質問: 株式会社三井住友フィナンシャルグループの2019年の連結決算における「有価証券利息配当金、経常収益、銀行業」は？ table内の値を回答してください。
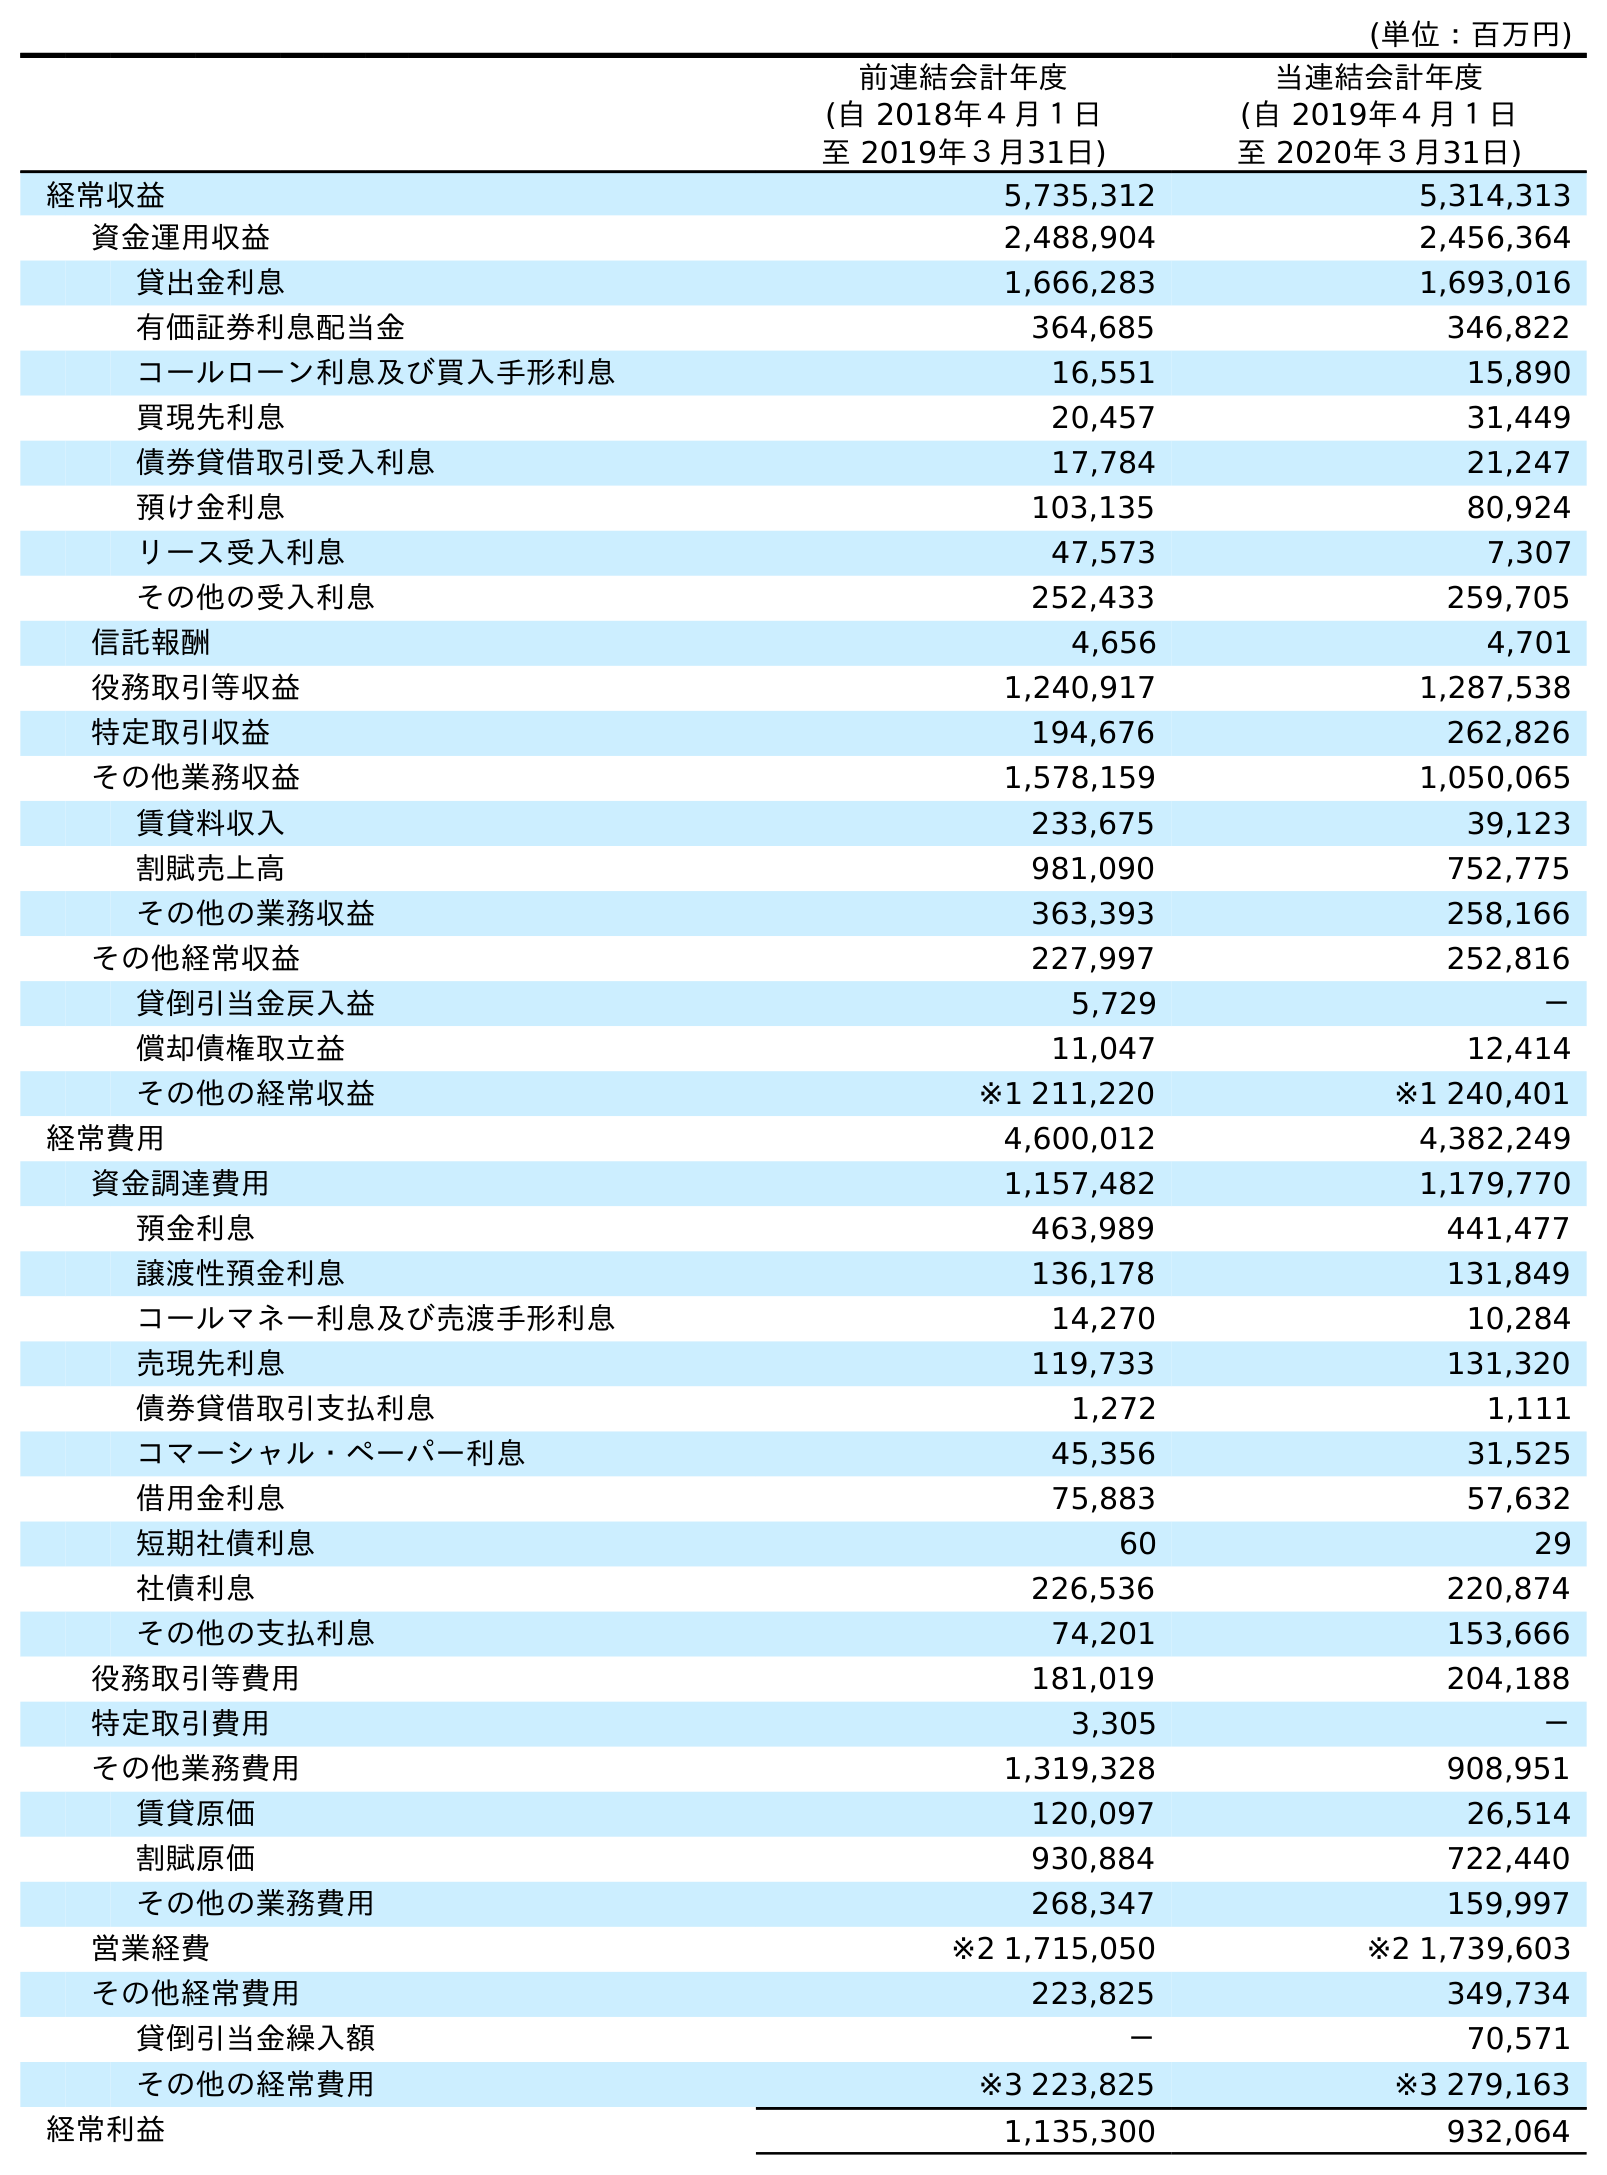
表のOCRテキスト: (単位：百万円) 前連結会計年度 (自 2018年４月１日 至 2019年３月31日) 当連結会計年度 (自 2019年４月１日 至 2020年３月31日) 経常収益 5,735,312 5,314,313 資金運用収益 2,488,904 2,456,364 貸出金利息 1,666,283 1,693,016 有価証券利息配当金 364,685 346,822 コールローン利息及び買入手形利息 16,551 15,890 買現先利息 20,457 31,449 債券貸借取引受入利息 17,784 21,247 預け金利息 103,135 80,924 リース受入利息 47,573 7,307 その他の受入利息 252,433 259,705 信託報酬 4,656 4,701 役務取引等収益 1,240,917 1,287,538 特定取引収益 194,676 262,826 その他業務収益 1,578,159 1,050,065 賃貸料収入 233,675 39,123 割賦売上高 981,090 752,775 その他の業務収益 363,393 258,166 その他経常収益 227,997 252,816 貸倒引当金戻入益 5,729 － 償却債権取立益 11,047 12,414 その他の経常収益 ※1 211,220 ※1 240,401 経常費用 4,600,012 4,382,249 資金調達費用 1,157,482 1,179,770 預金利息 463,989 441,477 譲渡性預金利息 136,178 131,849 コールマネー利息及び売渡手形利息 14,270 10,284 売現先利息 119,733 131,320 債券貸借取引支払利息 1,272 1,111 コマーシャル・ペーパー利息 45,356 31,525 借用金利息 75,883 57,632 短期社債利息 60 29 社債利息 226,536 220,874 その他の支払利息 74,201 153,666 役務取引等費用 181,019 204,188 特定取引費用 3,305 － その他業務費用 1,319,328 908,951 賃貸原価 120,097 26,514 割賦原価 930,884 722,440 その他の業務費用 268,347 159,997 営業経費 ※2 1,715,050 ※2 1,739,603 その他経常費用 223,825 349,734 貸倒引当金繰入額 － 70,571 その他の経常費用 ※3 223,825 ※3 279,163 経常利益 1,135,300 932,064
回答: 364,685